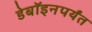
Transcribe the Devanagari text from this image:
डेबॉइनपर्यंत